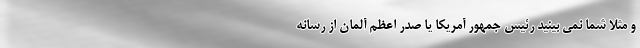
و مثلاً شما نمی بینید رئیس جمهور آمریکا یا صدر اعظم آلمان از رسانه